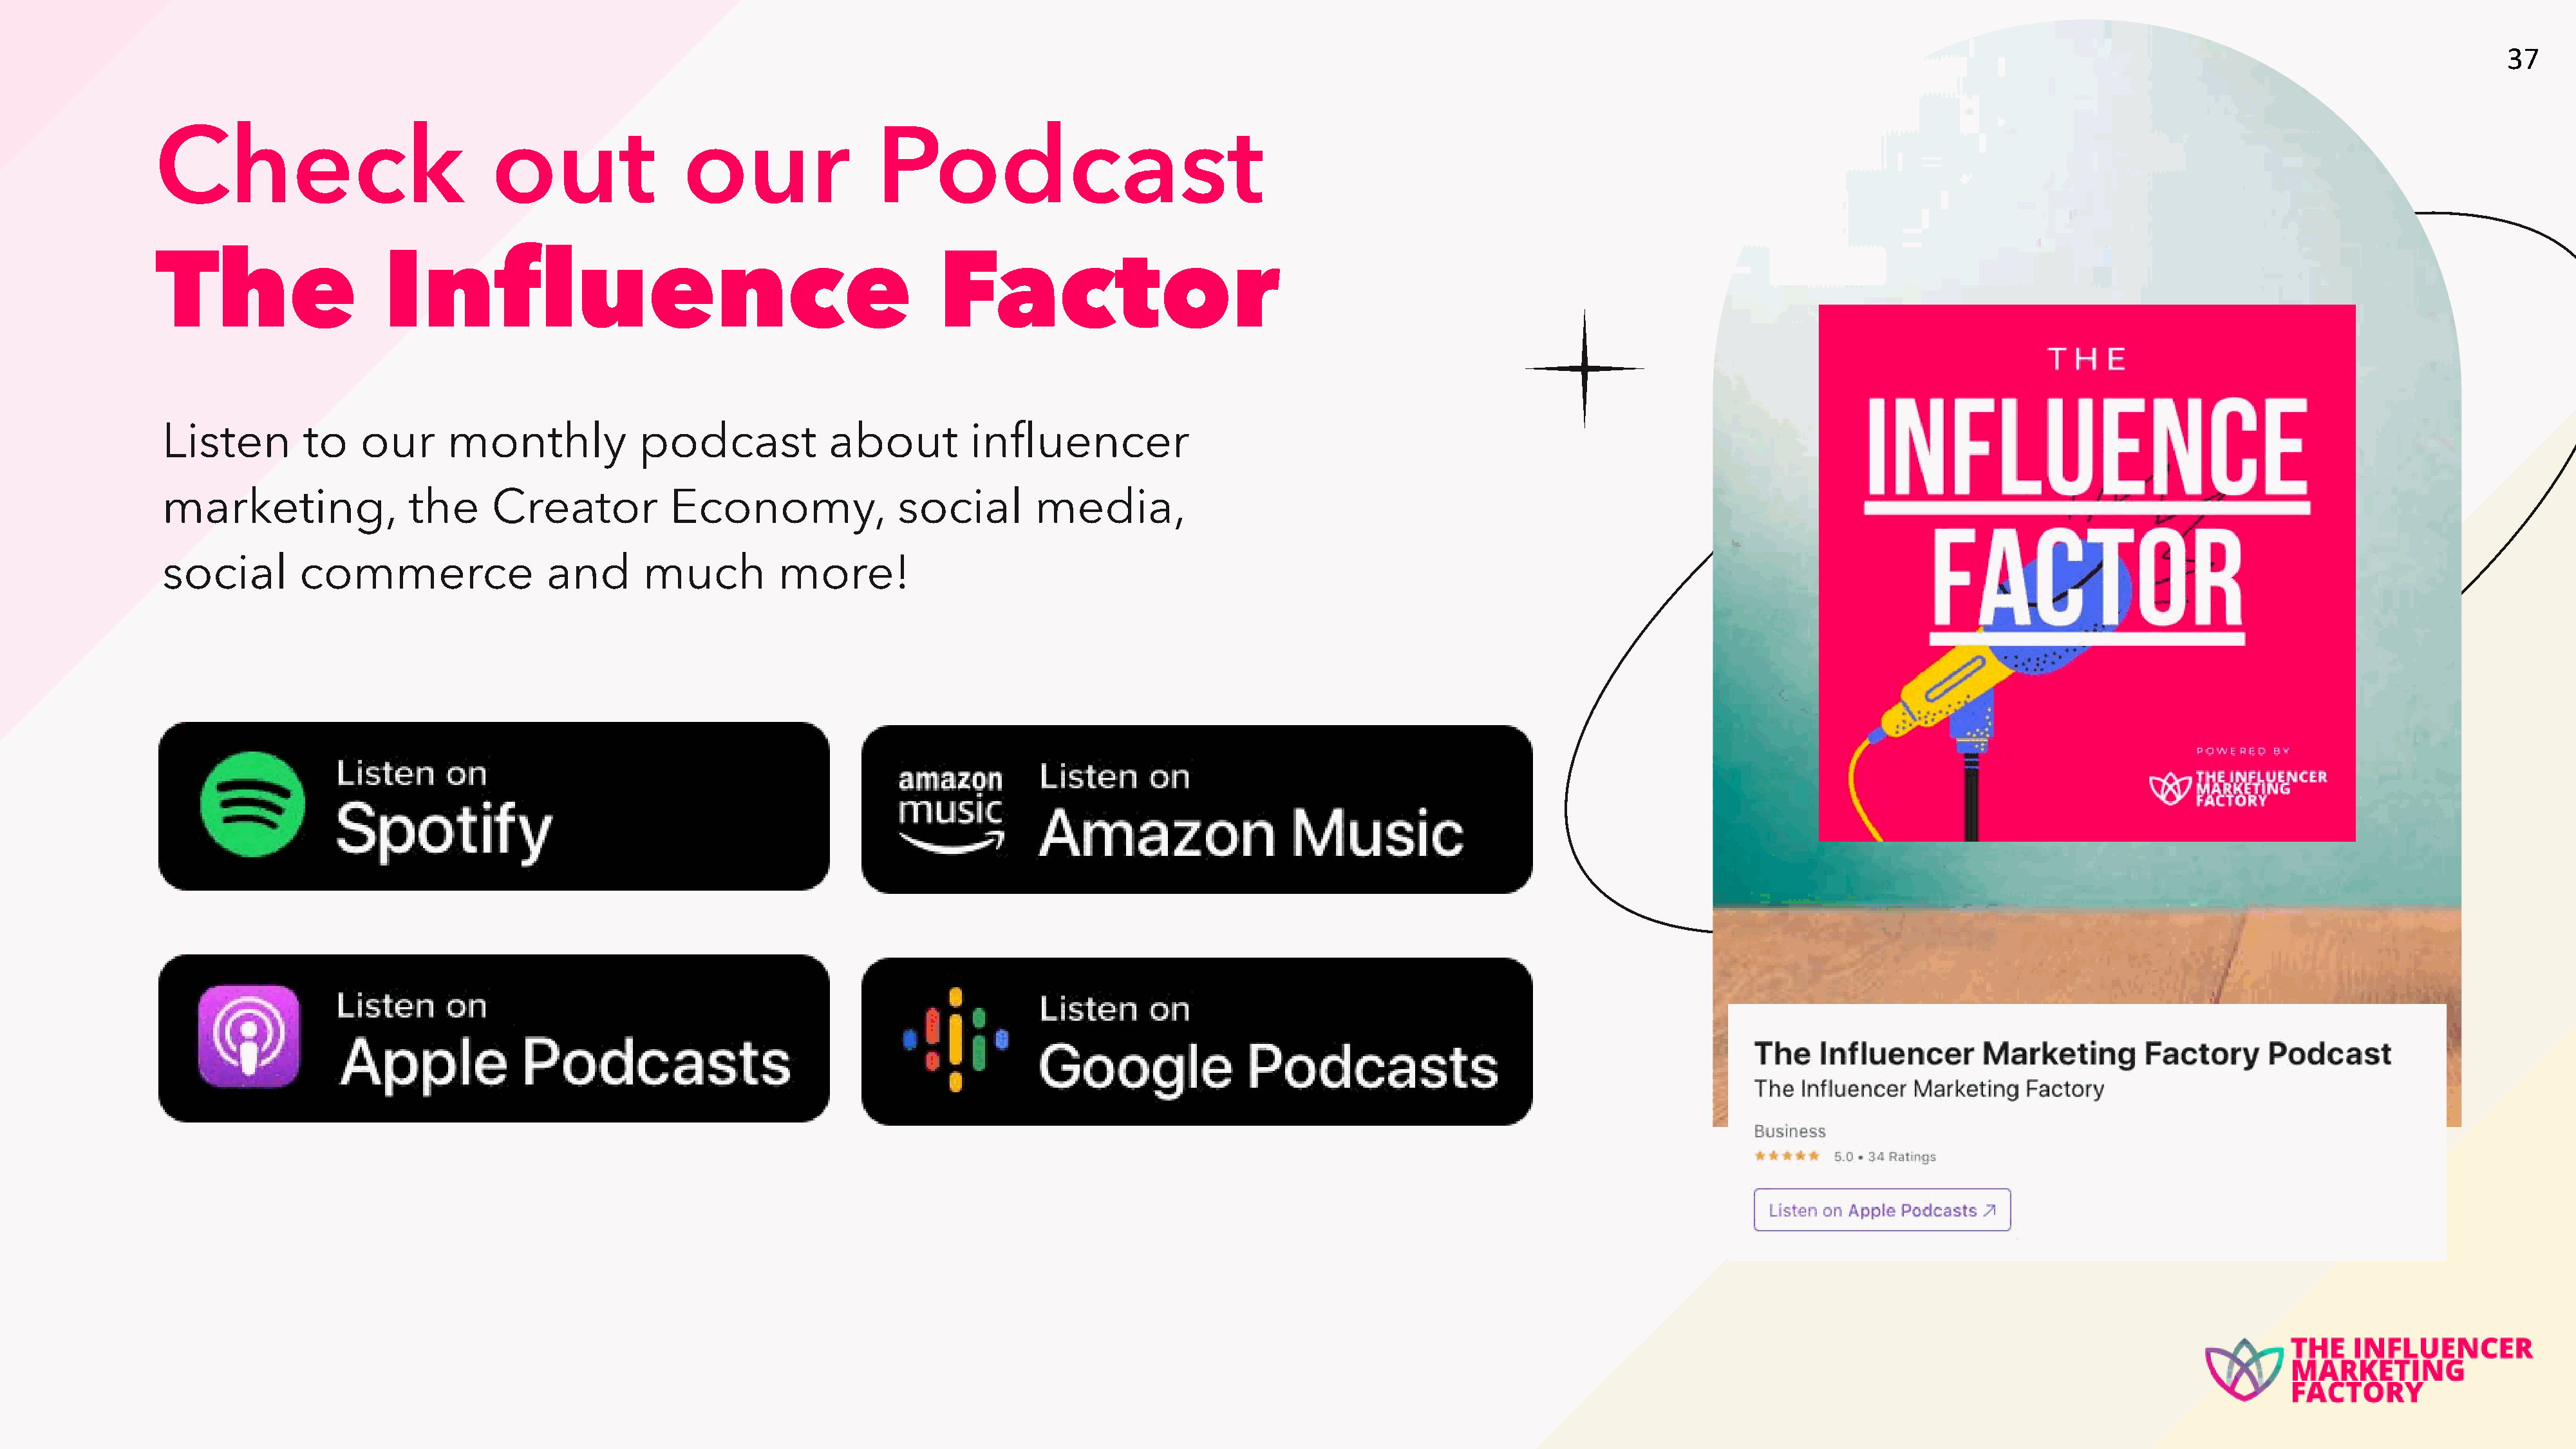
37
 Check                              out                our                 Podcast
 The                    Influence                                                Factor
 Listen        to    our      monthly             podcast            about          influencer
 marketing,               the      Creator           Economy,               social        media,
 social        commerce                 and       much          more!